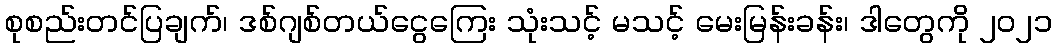
စုစည်းတင်ပြချက်၊ ဒစ်ဂျစ်တယ်ငွေကြေး သုံးသင့် မသင့် မေးမြန်းခန်း၊ ဒါတွေကို ၂၀၂၁